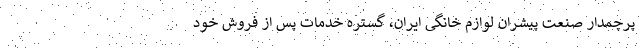
پرچمدار صنعت پیشران لوازم خانگی ایران، گستره خدمات پس از فروش خود